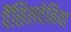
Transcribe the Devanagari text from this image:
पैंसिलवेनिया